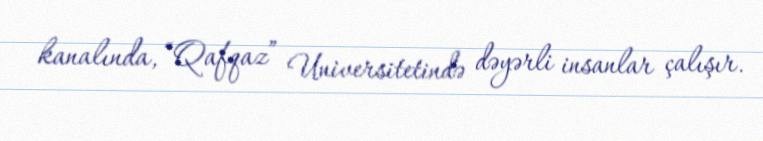
kanalında, “Qafqaz” Universitetində dəyərli insanlar çalışır.